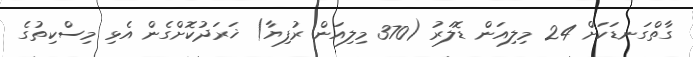
ގާތްގަނޑަކަށް 24 މިލިއަން ޑޮލަރު (370 މިލިއަން ރުފިޔާ) ޚަރަދުކޮށްގެން އެޅި މިސްކިތުގެ